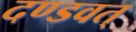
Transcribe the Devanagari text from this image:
दण्डवत्‌